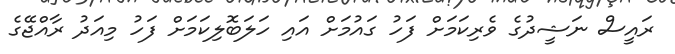
ރައީސް ނަޝީދުގެ ވެރިކަމަށް ފަހު ގައުމަށް އައި ހަލަބޮލިކަމަށް ފަހު މިއަދު ރާއްޖޭގެ